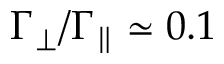
\Gamma _ { \perp } / \Gamma _ { \parallel } \simeq 0 . 1